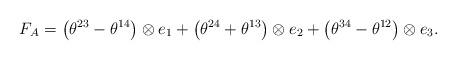
LaTeX: \begin{align*} F_{A_{}}=\left(\theta^{23}-\theta^{14}\right)\otimes e_{1}+\left(\theta^{24}+\theta^{13}\right)\otimes e_{2}+\left(\theta^{34}-\theta^{12}\right)\otimes e_{3}.\end{align*}